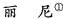
丽 尼